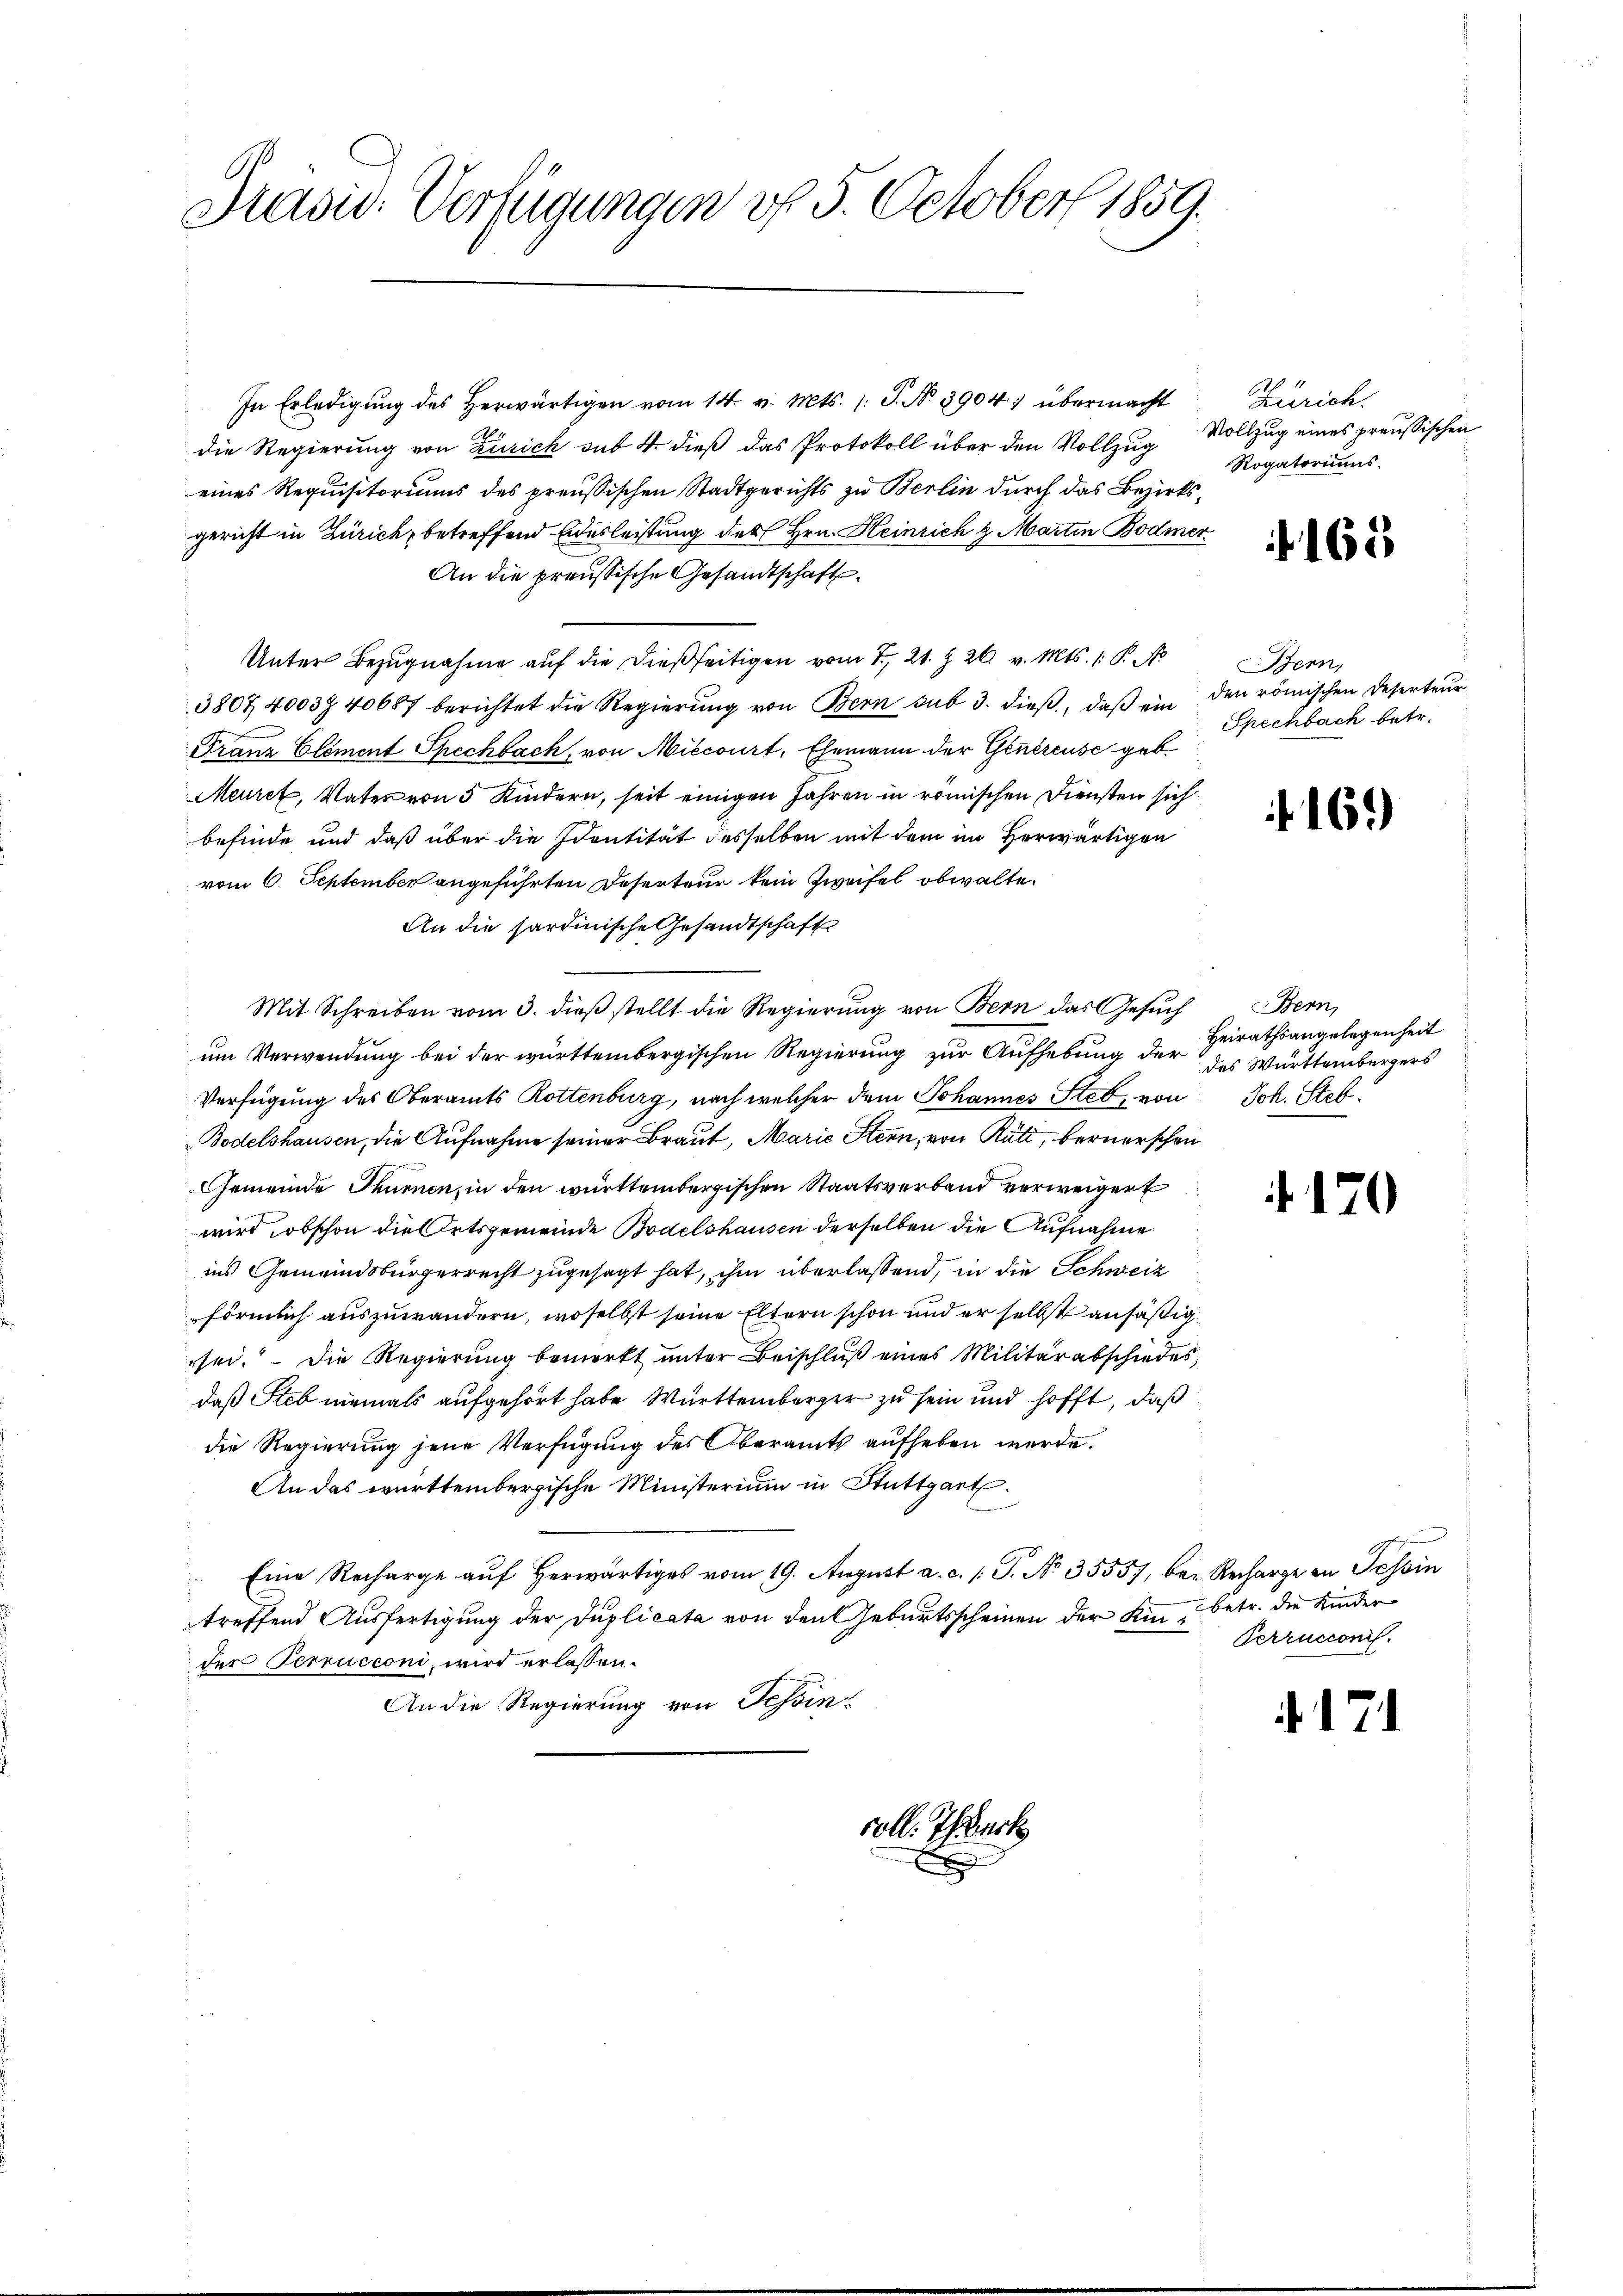
Prasis. Verfügungen v. 5. October 1859.

In Erledigŭng des herwärtigen vom 14. v. Mts. (: P. Nr. 3904: übermacht
die Regierung von Zürich sub 4. dieß das Protokoll über den Vollzug
eines Requisitoriums des preußischen Stadtgerichts zu Berlin durch das Bezirksgericht in Zürich, betreffend Eidesleistung des Hrn. Heinrich & Marten Bodmer.
An die preussische Gesandtschaft
Unter Bezugnahme auf die dießseitigen vom 7. 21. § 26. v. Mts. 1. P. Nr.
380740037 40687 berichtet die Regierung von Bern sub 3. dieß, daß ein den römischen Deserteur
Franz Clement Spechbach, von Miccourt, Ehemann der Genereuse geb.
Meuret, Vater von 5 Kindern, seit einigen Jahren in römischen Diensten sich
befinde und daß über die Identität desselben mit dem im Herwärtigen
vom 6. September angeführten Deserteur kein Zweifel obwalte.
An die Sardinische Gesandtschaft
Mit Schreiben vom 3. dieß stellt die Regierung von Bern das Gesuch
um Verwendung bei der württembergischen Regierung zur Aufhebung der des Württembergers
Verfügung des Oberamts Rottenburg, nach welcher dem Johannes Steb, von Joh. Steb¬
Bodelshausen, die Aufnahme seiner Braut, Marie Stern, von Rüti, bernerschen
Gemeinde Thurnen, in den württembergischen Staatsverband verweigert
wird, obschon die Ortsgemeinde Bodelshausen derselben die Aufnahme
ins Gemeindsbürgerrecht zugesagt hat, ihm überlassend, in die Schweiz
förmlich auszuwändern, woselbst seine Eltern schon und er selbst ansäßig
sei. Die Regierung bemerkt unter Beischluß eines Militärabschiedes,
daß Steb niemals aufgehört habe Württemberger zu sein und hofft, daß
die Regierung jene Verfügung des Oberamts aufheben werde.
An das württembergische Ministerium in Stuttgart
Eine Recharge auf herwärtiges vom 19. August a. a. /: P. No. 35557, bei Recharge an Tessin
treffend Ausfertigung der Duplicata von den Geburtsscheinen der Kin, betr. die Kinder
der Terrucconi, wird erlassen.
An die Regierung von Tessinvoll. Ich erk

Zürich.
Vollzug eines preussischen
Rogatoriums.

165

Bern,
Spechbach betr.

169)

Bern,
Heirathsangelegenheit

170

17

Perrucconis.